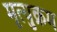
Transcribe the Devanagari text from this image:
मृत्युक्रम